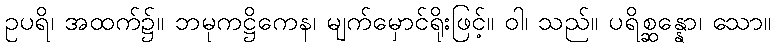
ဥပရိ၊ အထက်၌။ ဘမုကဋ္ဌိကေန၊ မျက်မှောင်ရိုးဖြင့်။ ဝါ၊ သည်။ ပရိစ္ဆန္နော၊ သော။